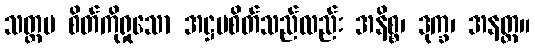
သတ္တမ စိတ်ကိုရှုသော အဋ္ဌမစိတ်သည်လည်း အနိစ္စ၊ ဒုက္ခ၊ အနတ္တ။